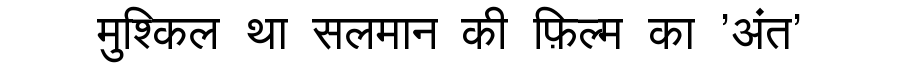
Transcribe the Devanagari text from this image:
मुश्किल था सलमान की फ़िल्म का 'अंत'